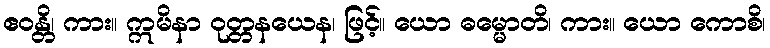
ဧဝန္တိ၊ ကား။ ဣမိနာ ဝုတ္တနယေန၊ ဖြင့်။ ယော ဓမ္မောတိ၊ ကား။ ယော ကောစိ၊